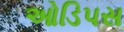
ઓડિપસ